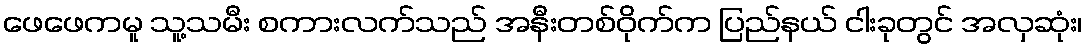
ဖေဖေကမူ သူ့သမီး စကားလက်သည် အနီးတစ်ဝိုက်က ပြည်နယ် ငါးခုတွင် အလှဆုံး၊